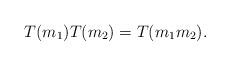
LaTeX: \begin{align*} T(m_1) T(m_2) = T(m_1m_2). \end{align*}